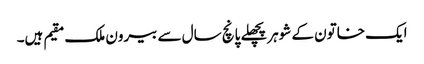
ایک خاتون کے شوہرپچھلے پانچ سال سے بیرون ملک مقیم ہیں۔